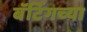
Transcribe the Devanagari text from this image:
बॅटिंगच्या